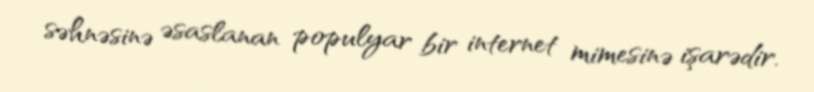
səhnəsinə əsaslanan populyar bir internet mimesinə işarədir.